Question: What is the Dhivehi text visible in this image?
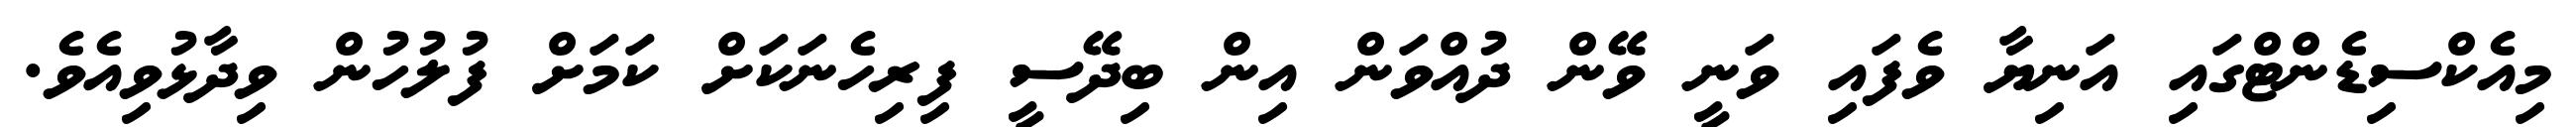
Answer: މިއެކްސިޑެންޓްގައި އަނިޔާ ވެފައި ވަނީ ވޭން ދުއްވަން އިން ބިދޭސީ ފިރިހެނަކަށް ކަމަށް ފުލުހުން ވިދާޅުވިއެވެ.